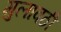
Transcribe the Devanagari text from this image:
गुलावठी